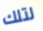
لتلك